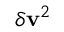
\delta \mathbf { v } ^ { 2 }